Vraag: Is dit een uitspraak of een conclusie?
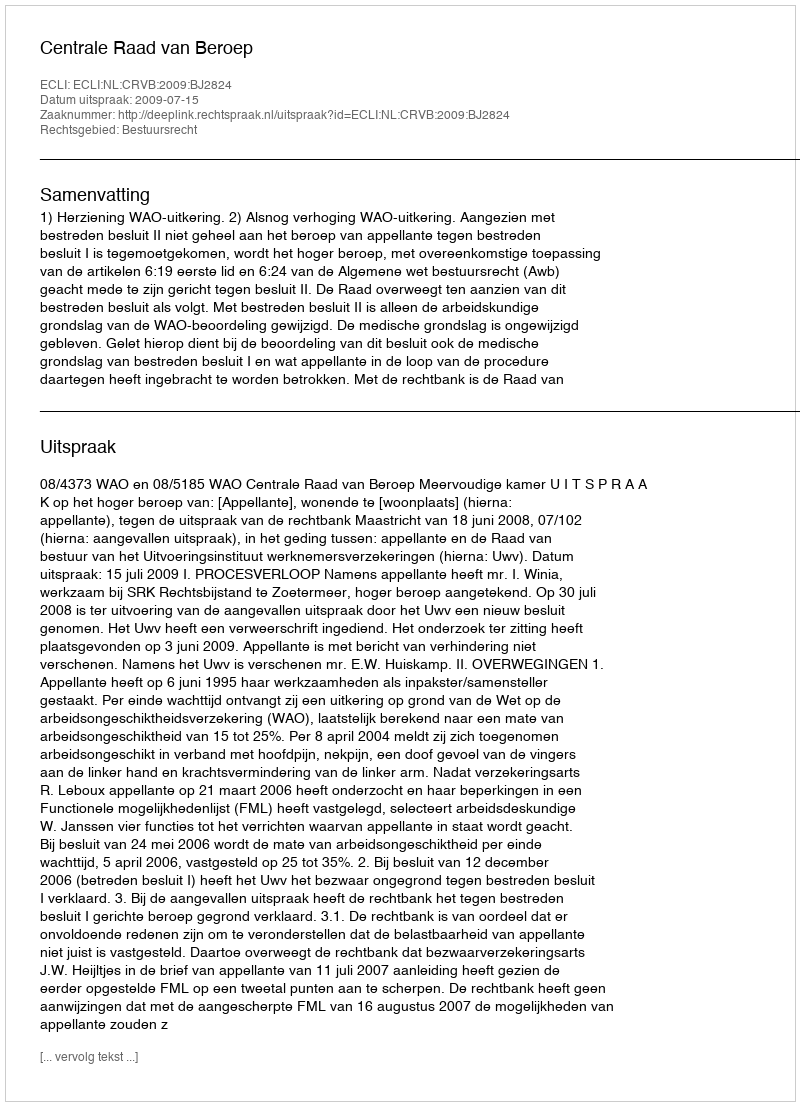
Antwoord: Uitspraak